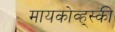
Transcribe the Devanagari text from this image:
मायकोव्ह्‌स्की